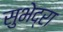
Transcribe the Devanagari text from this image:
सुभेद्रा